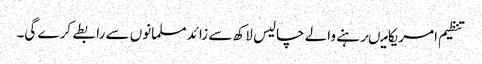
تنظیم امریکامیںرہنے والے چالیس لاکھ سے زائدمسلمانوں سے رابطے کرے گی۔